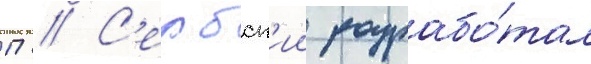
П // С'ербск'ии разрабо́тал